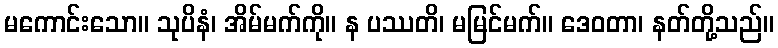
မကောင်းသော။ သုပိနံ၊ အိမ်မက်ကို။ န ပဿတိ၊ မမြင်မက်။ ဒေဝတာ၊ နတ်တို့သည်။